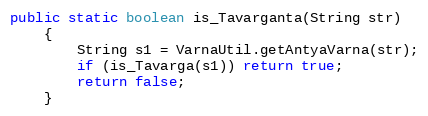
Language: Java
public static boolean is_Tavarganta(String str)
    {
        String s1 = VarnaUtil.getAntyaVarna(str);
        if (is_Tavarga(s1)) return true;
        return false;
    }